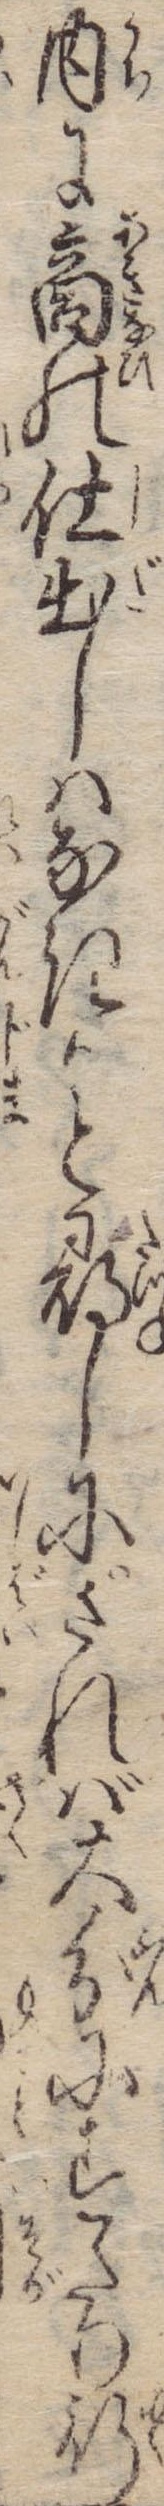
内に商の仕出しはなきかと尋しにされば大分にすたり行